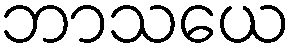
ဘာသယေ